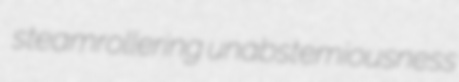
steamrollering unabstemiousness